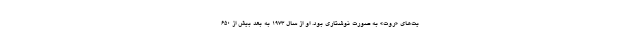
یت‌های «روت» به صورت نوشتاری بود. او از سال ۱۹۷۳ به بعد بیش از ۶۵۰